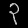
Digit: ၃